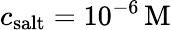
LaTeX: c_{\mathrm{salt}}=10^{-6}\, \mathrm{M}